Problem: 4 × 2 = ?
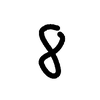
Handwritten answer: 8